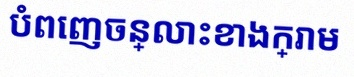
បំពេញចន្លោះខាងក្រោម